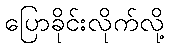
ပြောခိုင်းလိုက်လို့